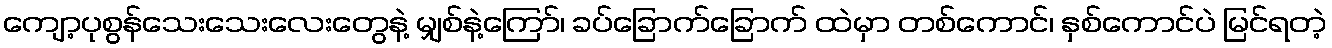
ကျော့ပုစွန်သေးသေးလေးတွေနဲ့ မျှစ်နဲ့ကြော်၊ ခပ်ခြောက်ခြောက် ထဲမှာ တစ်ကောင်၊ နှစ်ကောင်ပဲ မြင်ရတဲ့